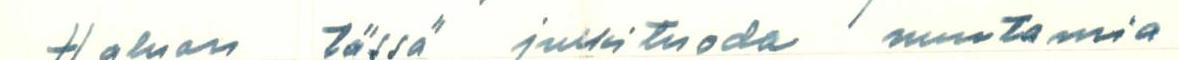
Haluan tässä julki tuoda muutamia